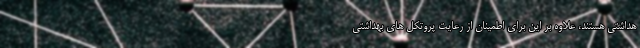
هداشتی هستند، علاوه بر این برای اطمینان از رعایت پروتکل های بهداشتی